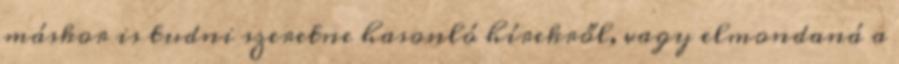
máskor is tudni szeretne hasonló hírekről, vagy elmondaná a